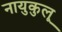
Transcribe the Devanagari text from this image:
नायुकुलू